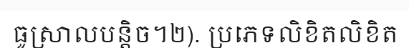
ធូស្រាលបន្តិច។២). ប្រភេទលិខិតលិខិត